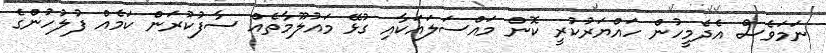
ނަމަވެސް އެދެމީހުން ހައްޔަރުކުރީ ކޮން މައްސަލައަކާއި ގުޅޭ މައުލޫމާތެއް ސާފުކުރަން ކަމެއް ފުލުހުންގެ